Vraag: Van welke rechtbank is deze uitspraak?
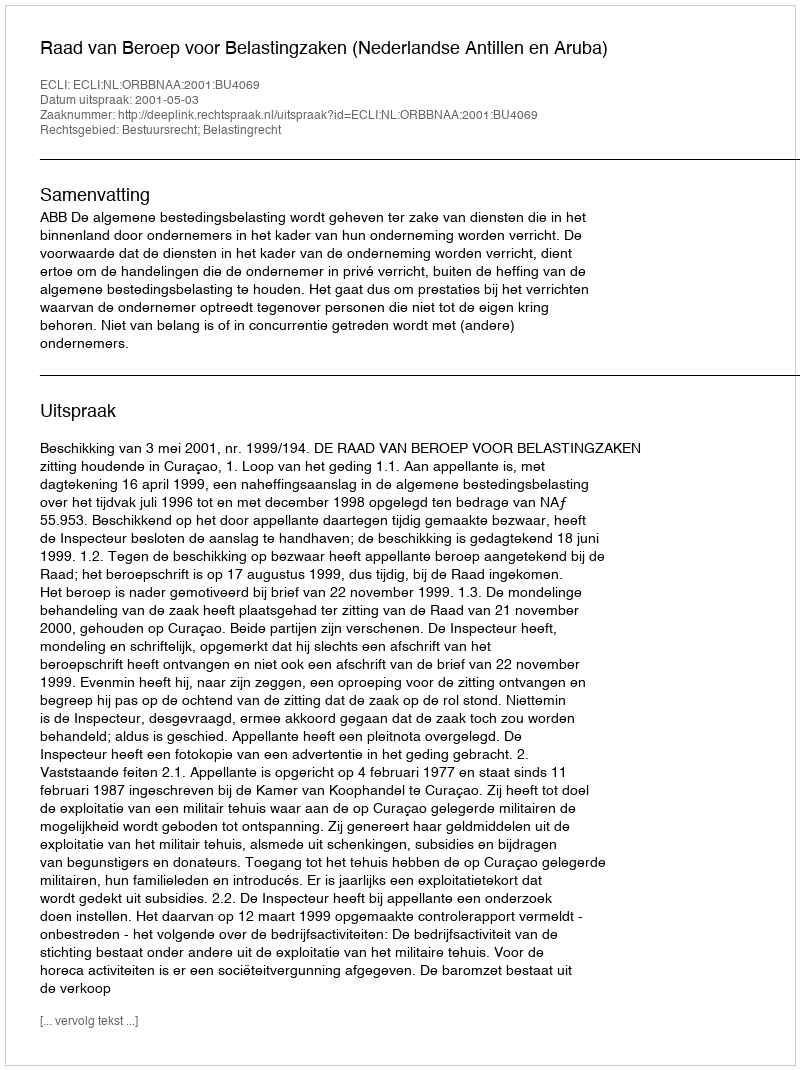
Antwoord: Raad van Beroep voor Belastingzaken (Nederlandse Antillen en Aruba)